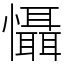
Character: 懾